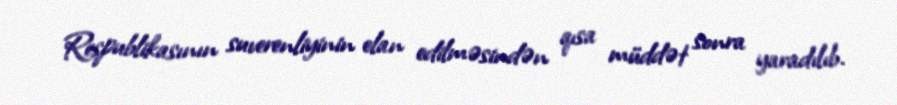
Respublikasının suverenliyinin elan edilməsindən qısa müddət sonra yaradılıb.